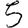
Digit: 5